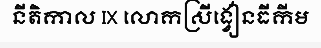
នីតិកាល IX លោកស្រីង្វៀនធីកីម